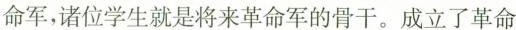
命军，诸位学生就是将来革命军的骨干。成立了革命